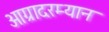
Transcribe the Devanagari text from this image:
आग्रादरम्यान